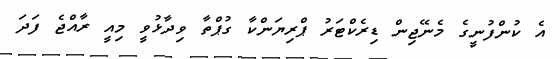
އެ ކުންފުނީގެ މެނޭޖިން ޑިރެކްޓަރު ޕްރިޔަންކާ ގުޕްތާ ވިދާޅުވީ މިއީ ރާއްޖެ ފަދަ